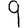
Digit: 9